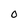
Character: O